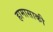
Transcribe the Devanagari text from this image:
हामासाकी